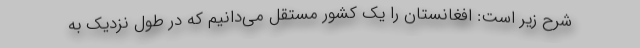
شرح زیر است: افغانستان را یک کشور مستقل می‌دانیم که در طول نزدیک به